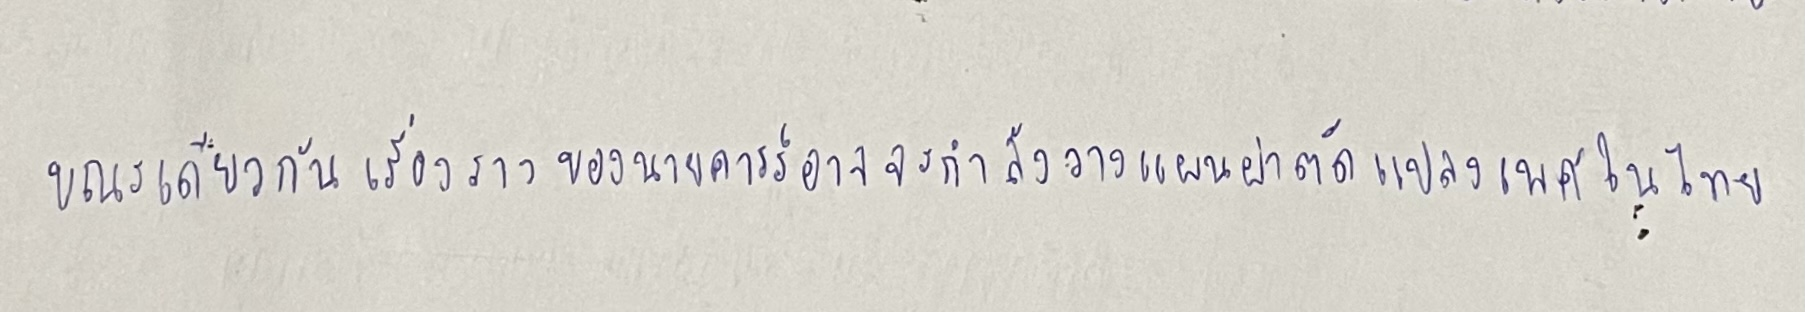
ขณะเดียวกันเรื่องราวของนายคารร์อาจจะกำลังวางแผนผ่าตัดแปลงเพศในไทย